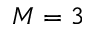
M = 3